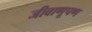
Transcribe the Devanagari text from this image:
जीवाणूपण